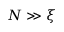
N \gg \xi